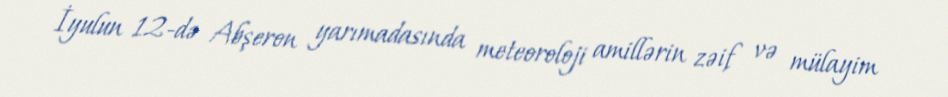
İyulun 12-də Abşeron yarımadasında meteoroloji amillərin zəif və mülayim